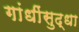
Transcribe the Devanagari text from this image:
गांधींसुद्धा